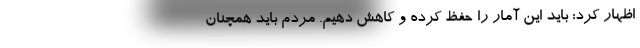
اظهار کرد: باید این آمار را حفظ کرده و کاهش دهیم. مردم باید همچنان